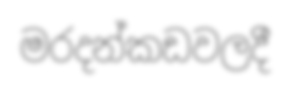
මරදන්කඩවලදී